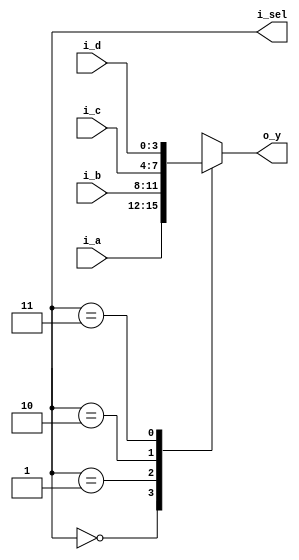
`timescale 1ns / 1ps
//////////////////////////////////////////////////////////////////////////////////
// Company: 
// Engineer: 
// 
// Design Name: 
// Module Name: Mux_4x1
// Project Name: 
// Target Devices: 
// Tool Versions: 
// Description: 
// 
// Dependencies: 
// 
// Revision:
// Revision 0.01 - File Created
// Additional Comments:
// 
//////////////////////////////////////////////////////////////////////////////////


module Mux_4x1(
    input [3:0] i_a, i_b, i_c, i_d,
    output [1:0] i_sel,
    output [3:0] o_y
    );

    reg [3:0] r_y;
    assign o_y = r_y;

    always @(*) begin
        case (i_sel)
            2'b00 : r_y = i_a; 
            2'b01 : r_y = i_b; 
            2'b10 : r_y = i_c; 
            2'b11 : r_y = i_d; 
        endcase
    end
endmodule